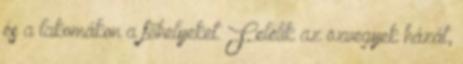
és a lakomákon a főhelyeket. Felélik az özvegyek házát,